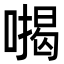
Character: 𭊪